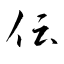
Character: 伝